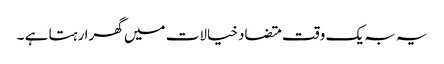
یہ بہ یک وقت متضاد خیالات میں گھرا رہتا ہے ۔